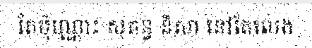
តែប៉ុណ្ណោះ សុគន្ធ និសា នៅតែលេង